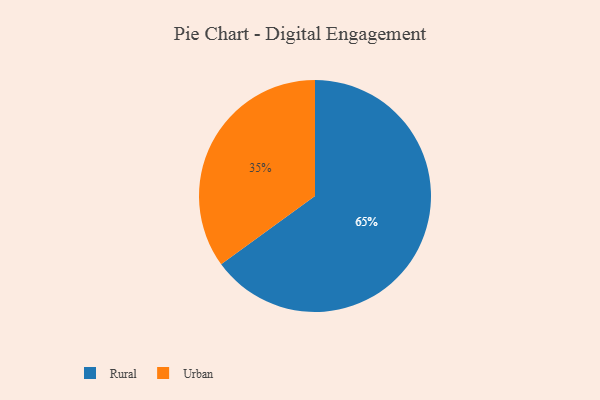
{"axis": {"x": "Category", "y": "Percentage"}, "legend": ["Rural", "Urban"], "data": [{"x": "Urban", "y": 35, "type": "Urban"}, {"x": "Rural", "y": 65, "type": "Rural"}]}